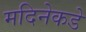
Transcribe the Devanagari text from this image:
मदिनेकडे